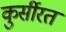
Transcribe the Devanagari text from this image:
कुर्सीरत